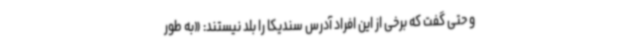
و حتی گفت که برخی از این افراد آدرس سندیکا را بلد نیستند: «به‌ طور